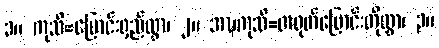
၁။ ကုသိ=မြောင်းရှည်လွှာ၊ ၂။ အဍ္ဎကုသိ=တရုတ်မြောင်းတိုလွှာ၊ ၃။